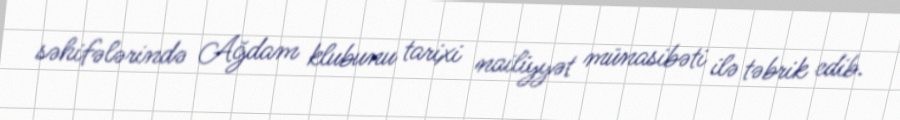
səhifələrində Ağdam klubunu tarixi nailiyyət münasibəti ilə təbrik edib.